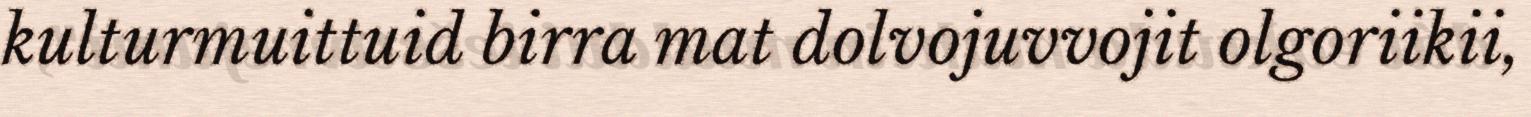
kulturmuittuid birra mat dolvojuvvojit olgoriikii,